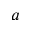
\boldsymbol { a }